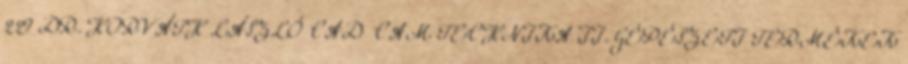
229 DR. HORVÁTH LÁSZLÓ CAD CAM TECHNIKA II. GÉPÉSZETI TERMÉKEK